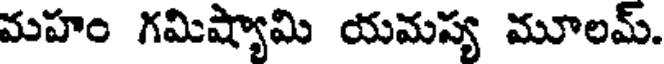
మహం గమిష్యామి యమస్య మూలమ్.